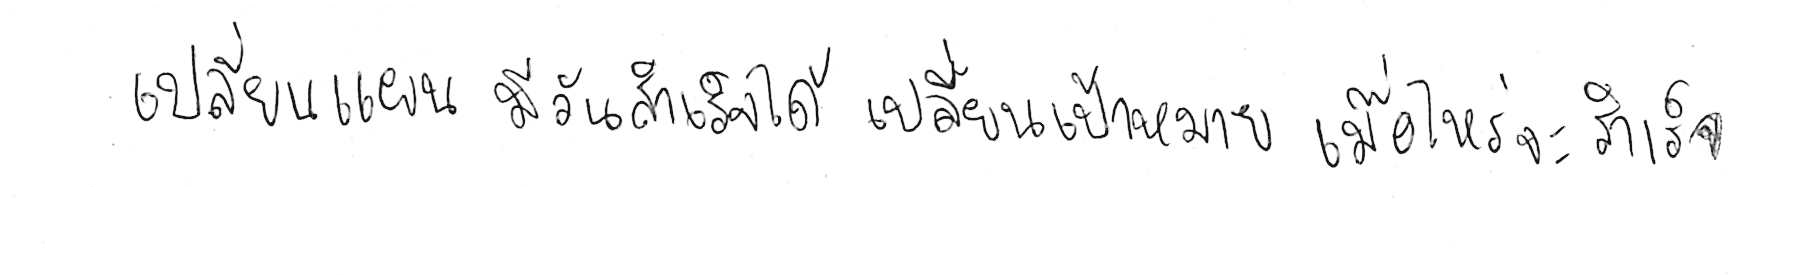
เปลี่ยนแผน มีวันสำเร็จได้ เปลี่ยนเป้าหมาย เมื่อไหร่จะสำเร็จ